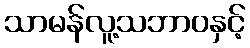
သာမန်လူ့သဘာဝနှင့်